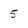
Character: 5